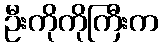
ဦးကိုကိုကြီးက